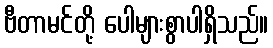
ဗီတာမင်တို့ ပေါများစွာပါရှိသည်။